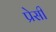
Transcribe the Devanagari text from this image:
प्रेसी